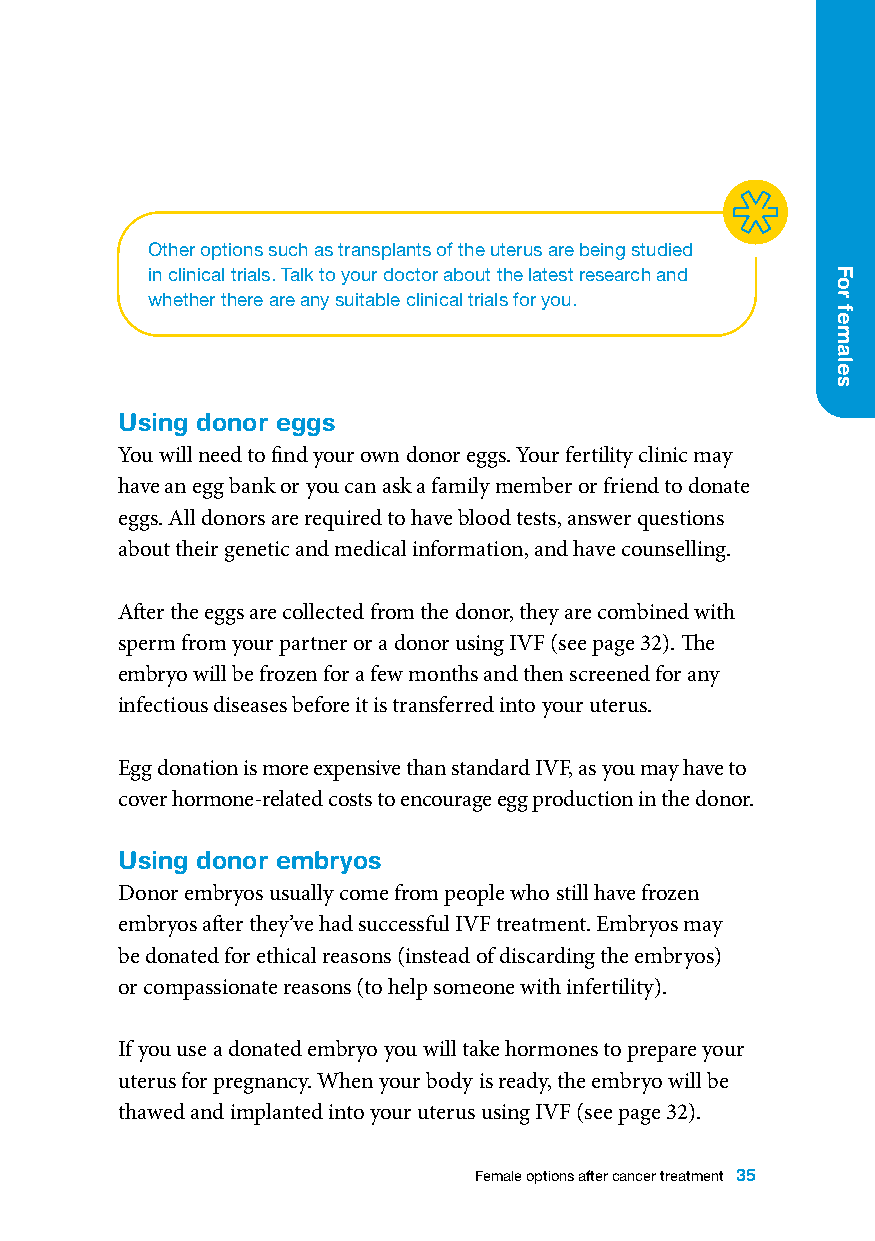
Other options such as transplants of the uterus are being studied
 in clinical trials. Talk to your doctor about the latest research and
 whether there are any suitable clinical trials for you.
 Using donor eggs
 You will need to find your own donor eggs. Your fertility clinic may
 have an egg bank or you can ask a family member or friend to donate
 eggs. All donors are required to have blood tests, answer questions
 about their genetic and medical information, and have counselling.
 After the eggs are collected from the donor, they are combined with
 sperm from your partner or a donor using IVF (see page 32). The
 embryo will be frozen for a few months and then screened for any
 infectious diseases before it is transferred into your uterus.
 Egg donation is more expensive than standard IVF, as you may have to
 cover hormone-related costs to encourage egg production in the donor.
 Using donor embryos
 Donor embryos usually come from people who still have frozen
 embryos after they’ve had successful IVF treatment. Embryos may
 be donated for ethical reasons (instead of discarding the embryos)
 or compassionate reasons (to help someone with infertility).
 If you use a donated embryo you will take hormones to prepare your
 uterus for pregnancy. When your body is ready, the embryo will be
 thawed and implanted into your uterus using IVF (see page 32).
 Female options after cancer treatment 35
 For
 females